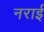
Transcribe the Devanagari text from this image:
नराई